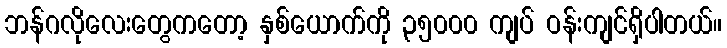
ဘန်ဂလိုလေးတွေကတော့ နှစ်ယောက်ကို ၃၅၀၀၀ ကျပ် ဝန်းကျင်ရှိပါတယ်။